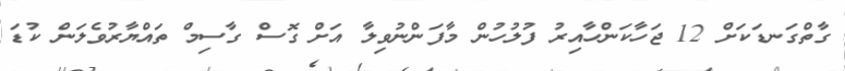
ގާތްގަނޑަކަށް 12 ޖަހާކަންހާއިރު ފުލުހުން މާފަންނުވިލާ އަށް ގޮސް ގާސިމް ތައްޔާރުވެލަން ކުޑަ